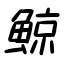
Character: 鯨